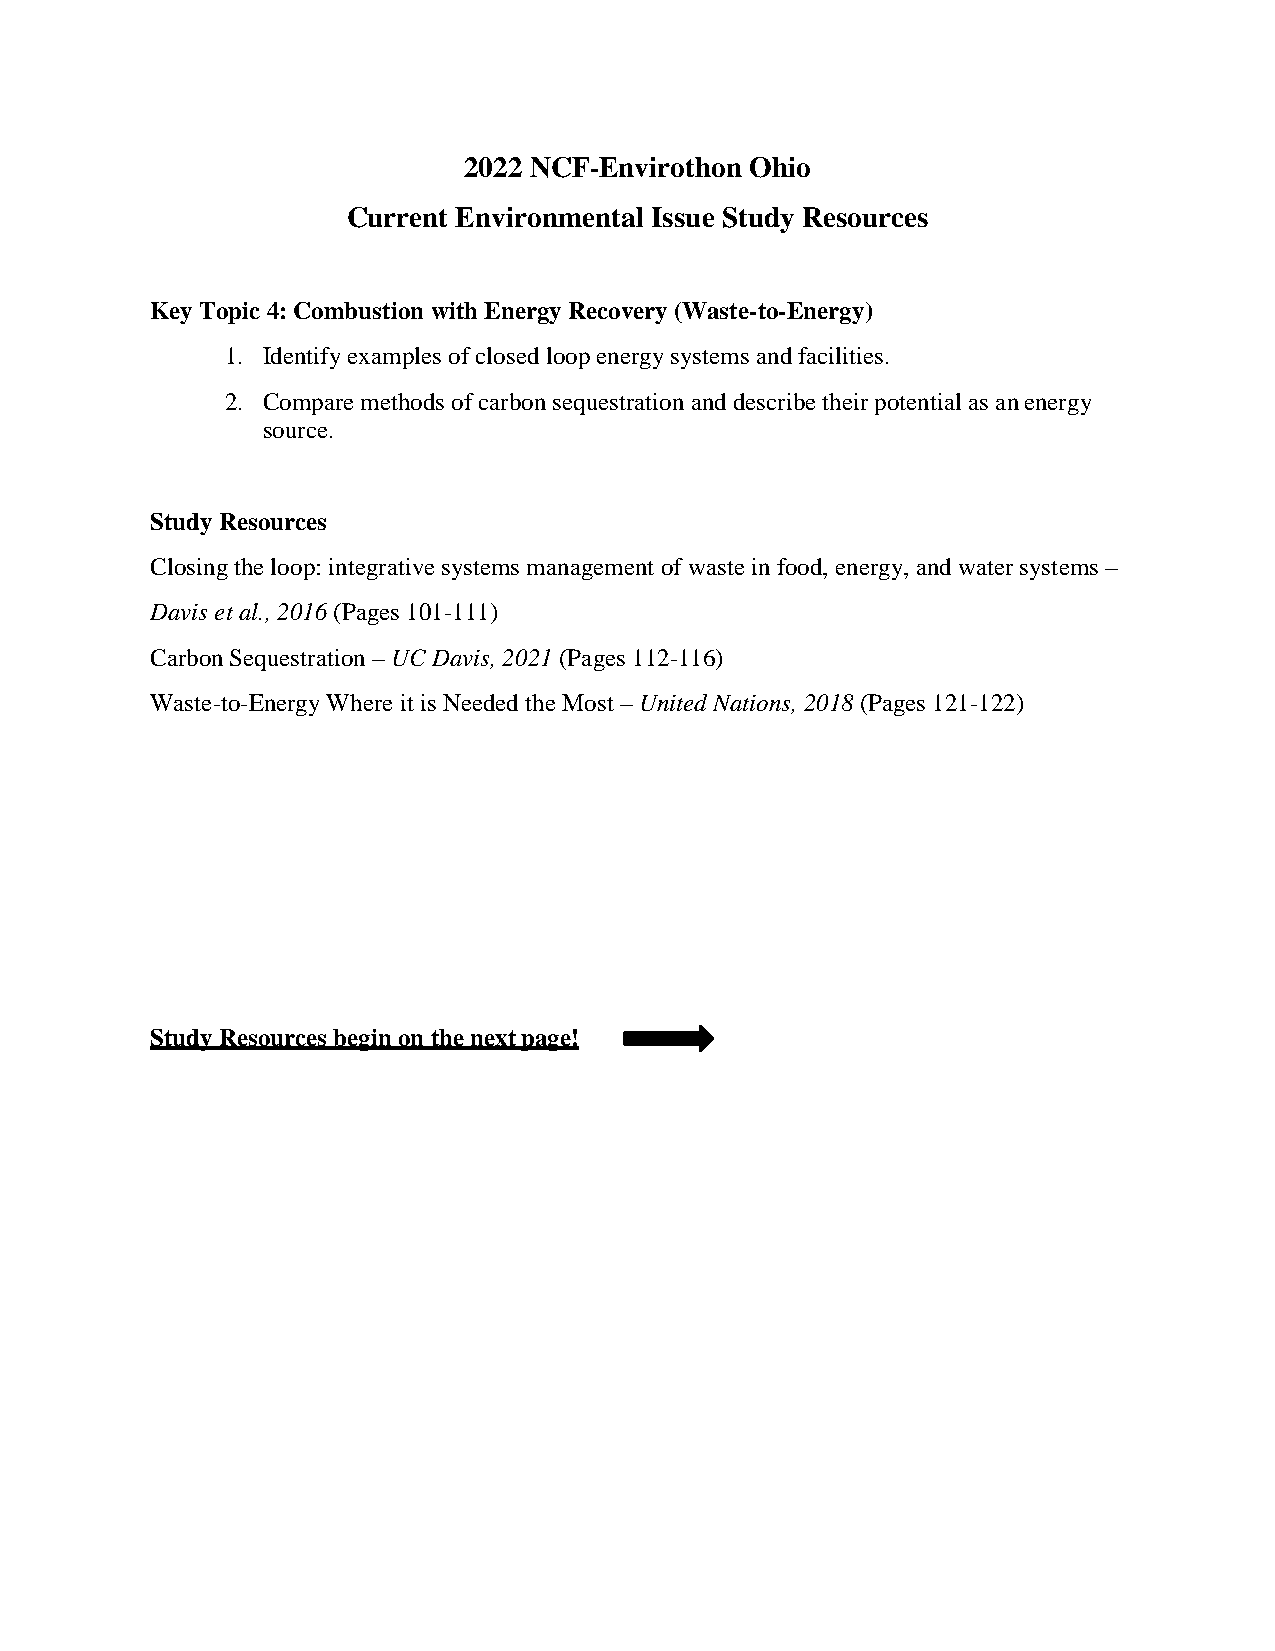
2022 NCF-Envirothon Ohio
 Current Environmental Issue Study Resources
 Key Topic 4: Combustion with Energy Recovery (Waste-to-Energy)
 1. Identify examples of closed loop energy systems and facilities.
 2. Compare methods of carbon sequestration and describe their potential as an energy
 source.
 Study Resources
 Closing the loop: integrative systems management of waste in food, energy, and water systems –
 Davis et al., 2016 (Pages 101-111)
 Carbon Sequestration – UC Davis, 2021 (Pages 112-116)
 Waste-to-Energy Where it is Needed the Most – United Nations, 2018 (Pages 121-122)
 Study Resources begin on the next page!